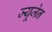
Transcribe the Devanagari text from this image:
ज्यूजेन